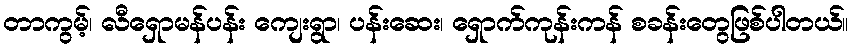
တာကွမ့်၊ လီရှောမန်ပန်း ကျေးရွာ၊ ပန်းဆေး၊ ရှောက်ကုန်းကန် စခန်းတွေဖြစ်ပါတယ်။